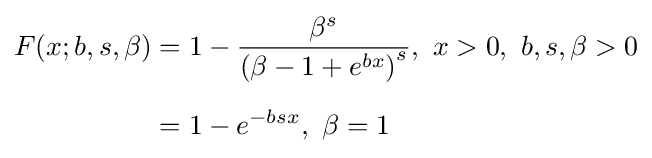
{\begin{aligned}F(x;b,s,\beta )&=1-{\frac {\beta ^{s}}{\left(\beta -1+e^{bx}\right)^{s}}},{\ }x>0,{\ }b,s,\beta >0\\[6pt]&=1-e^{-bsx},{\ }\beta =1\\\end{aligned}}